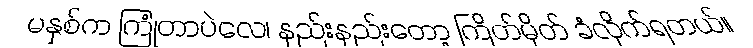
မနှစ်က ကြုံတာပဲလေ၊ နည်းနည်းတော့ ကြိတ်မှိတ် ခံလိုက်ရတယ်။